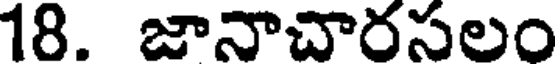
18. జానాచారసలం